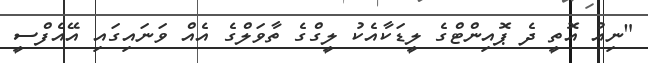
"ނިއު އޮތީ ދެ ޕޮއިންޓްގެ ލީޑަކާއެކު ލީގްގެ ތާވަލްގެ އެއް ވަނައިގައި އޭއެފްސީ